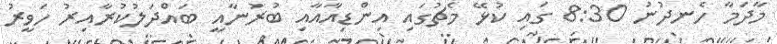
މާދަމާ ހެނދުނު 8:30 ގައި ކުޅޭ މެޗުގައި އިންޑިއާއާއި ބުރުނާއީ ބައްދަލުކުރާއިރު ހަވީރު